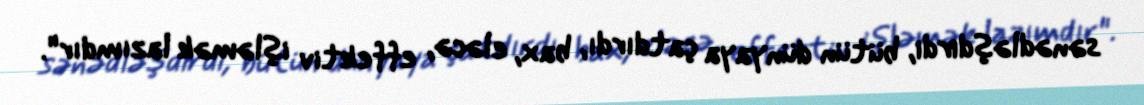
sənədləşdirdi, bütün dünyaya çatdırdı, bax, eləcə, effektiv işləmək lazımdır".